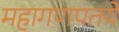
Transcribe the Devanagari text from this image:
महागणपतये